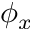
\phi _ { x }